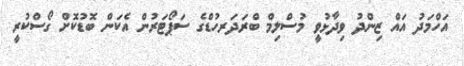
އަހްމަދު އައް ޒިންދު ވިދާޅުވީ މުސްލިމް ބްރަދަރހުޑްގެ ސަޕޯޓަރުން އެކަން ބޮޑުކޮށް ގޯސްކުރީ